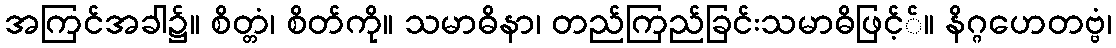
အကြင်အခါ၌။ စိတ္တံ၊ စိတ်ကို။ သမာဓိနာ၊ တည်ကြည်ခြင်းသမာဓိဖြင့််။ နိဂ္ဂဟေတဗ္ဗံ၊